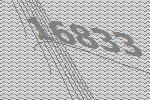
16833